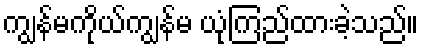
ကျွန်မကိုယ်ကျွန်မ ယုံကြည်ထားခဲ့သည်။